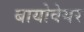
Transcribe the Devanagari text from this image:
बायोवेयर